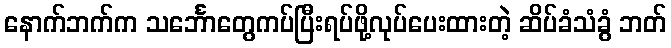
နောက်ဘက်က သင်္ဘောတွေကပ်ပြီးရပ်ဖို့လုပ်ပေးထားတဲ့ ဆိပ်ခံသံခွံ ဘတ်